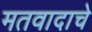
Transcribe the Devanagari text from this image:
मतवादाचे